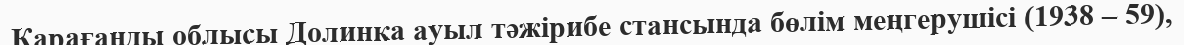
Қарағанды облысы Долинка ауыл тәжірибе стансында бөлім меңгерушісі (1938 – 59),